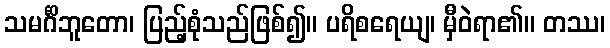
သမင်္ဂိဘူတော၊ ပြည့်စုံသည်ဖြစ်၍။ ပရိစရေယျ၊ မှီဝဲရာ၏။ တဿ၊